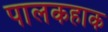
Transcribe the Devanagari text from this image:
पालकहाक